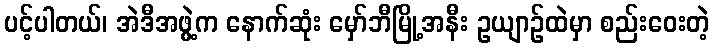
ပင့်ပါတယ်၊ အဲဒီအဖွဲ့က နောက်ဆုံး မှော်ဘီမြို့အနီး ဥယျာဉ်ထဲမှာ စည်းဝေးတဲ့